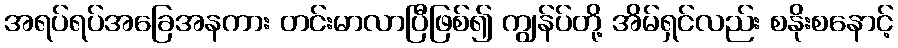
အရပ်ရပ်အခြေအနကား တင်းမာလာပြီဖြစ်၍ ကျွန်ပ်တို့ အိမ်ရှင်လည်း စနိုးစနောင့်